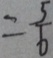
= \frac { 5 } { 6 }